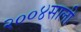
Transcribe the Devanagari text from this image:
२००४साली